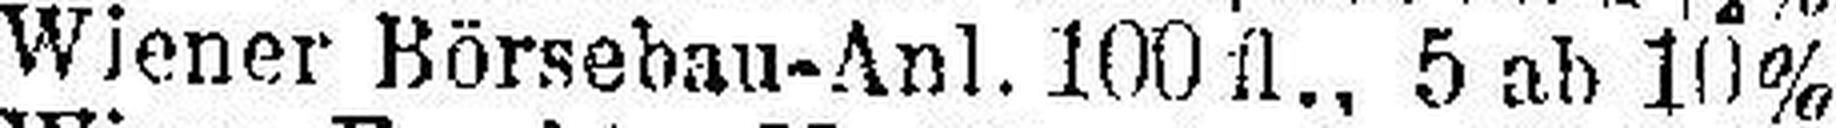
Wiener Börsebau-Anl. 100 fl., 5 ab 10%